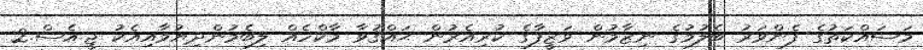
މަސައްކަތުގެ ފެންވަރު ބެލުމުގެ ނިޒާމުން ވަޒީފާގެ ކުރިއެރުން ޙައްޤުވާ މާކްހެއް ލިބެމުންދިޔުމާއިއެކު ޖީ.އެސް.2